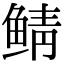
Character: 鲭